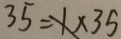
3 5 = x \times 3 5